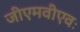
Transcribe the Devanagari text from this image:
जीएमवीएवः